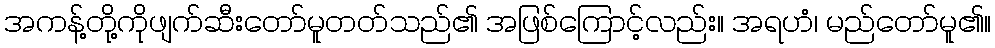
အကန့်တို့ကိုဖျက်ဆီးတော်မူတတ်သည်၏ အဖြစ်ကြောင့်လည်း။ အရဟံ၊ မည်တော်မူ၏။